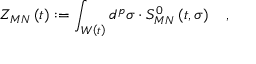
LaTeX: Z _ { M N } \left( t \right) : = \int _ { W \left( t \right) } d ^ { p } \sigma \cdot S _ { M N } ^ { 0 } \left( t , \sigma \right) \quad ,